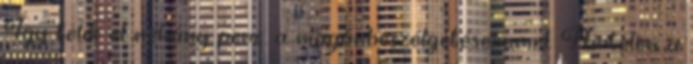
Így telik el néhány perc, a magánbeszélgetéseimmel. Hirtelen a